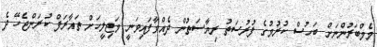
މެމްބަރުންނަށް ބަހުސް ކުރުމުގެ ފުރުސަތު ރިޔާސަތުން ދެއްވާފައިވަނީ މަޖިލީހަށް ތައާރަފް ކުރަންޖެހޭ ދެ